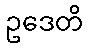
ဥဒေတိ